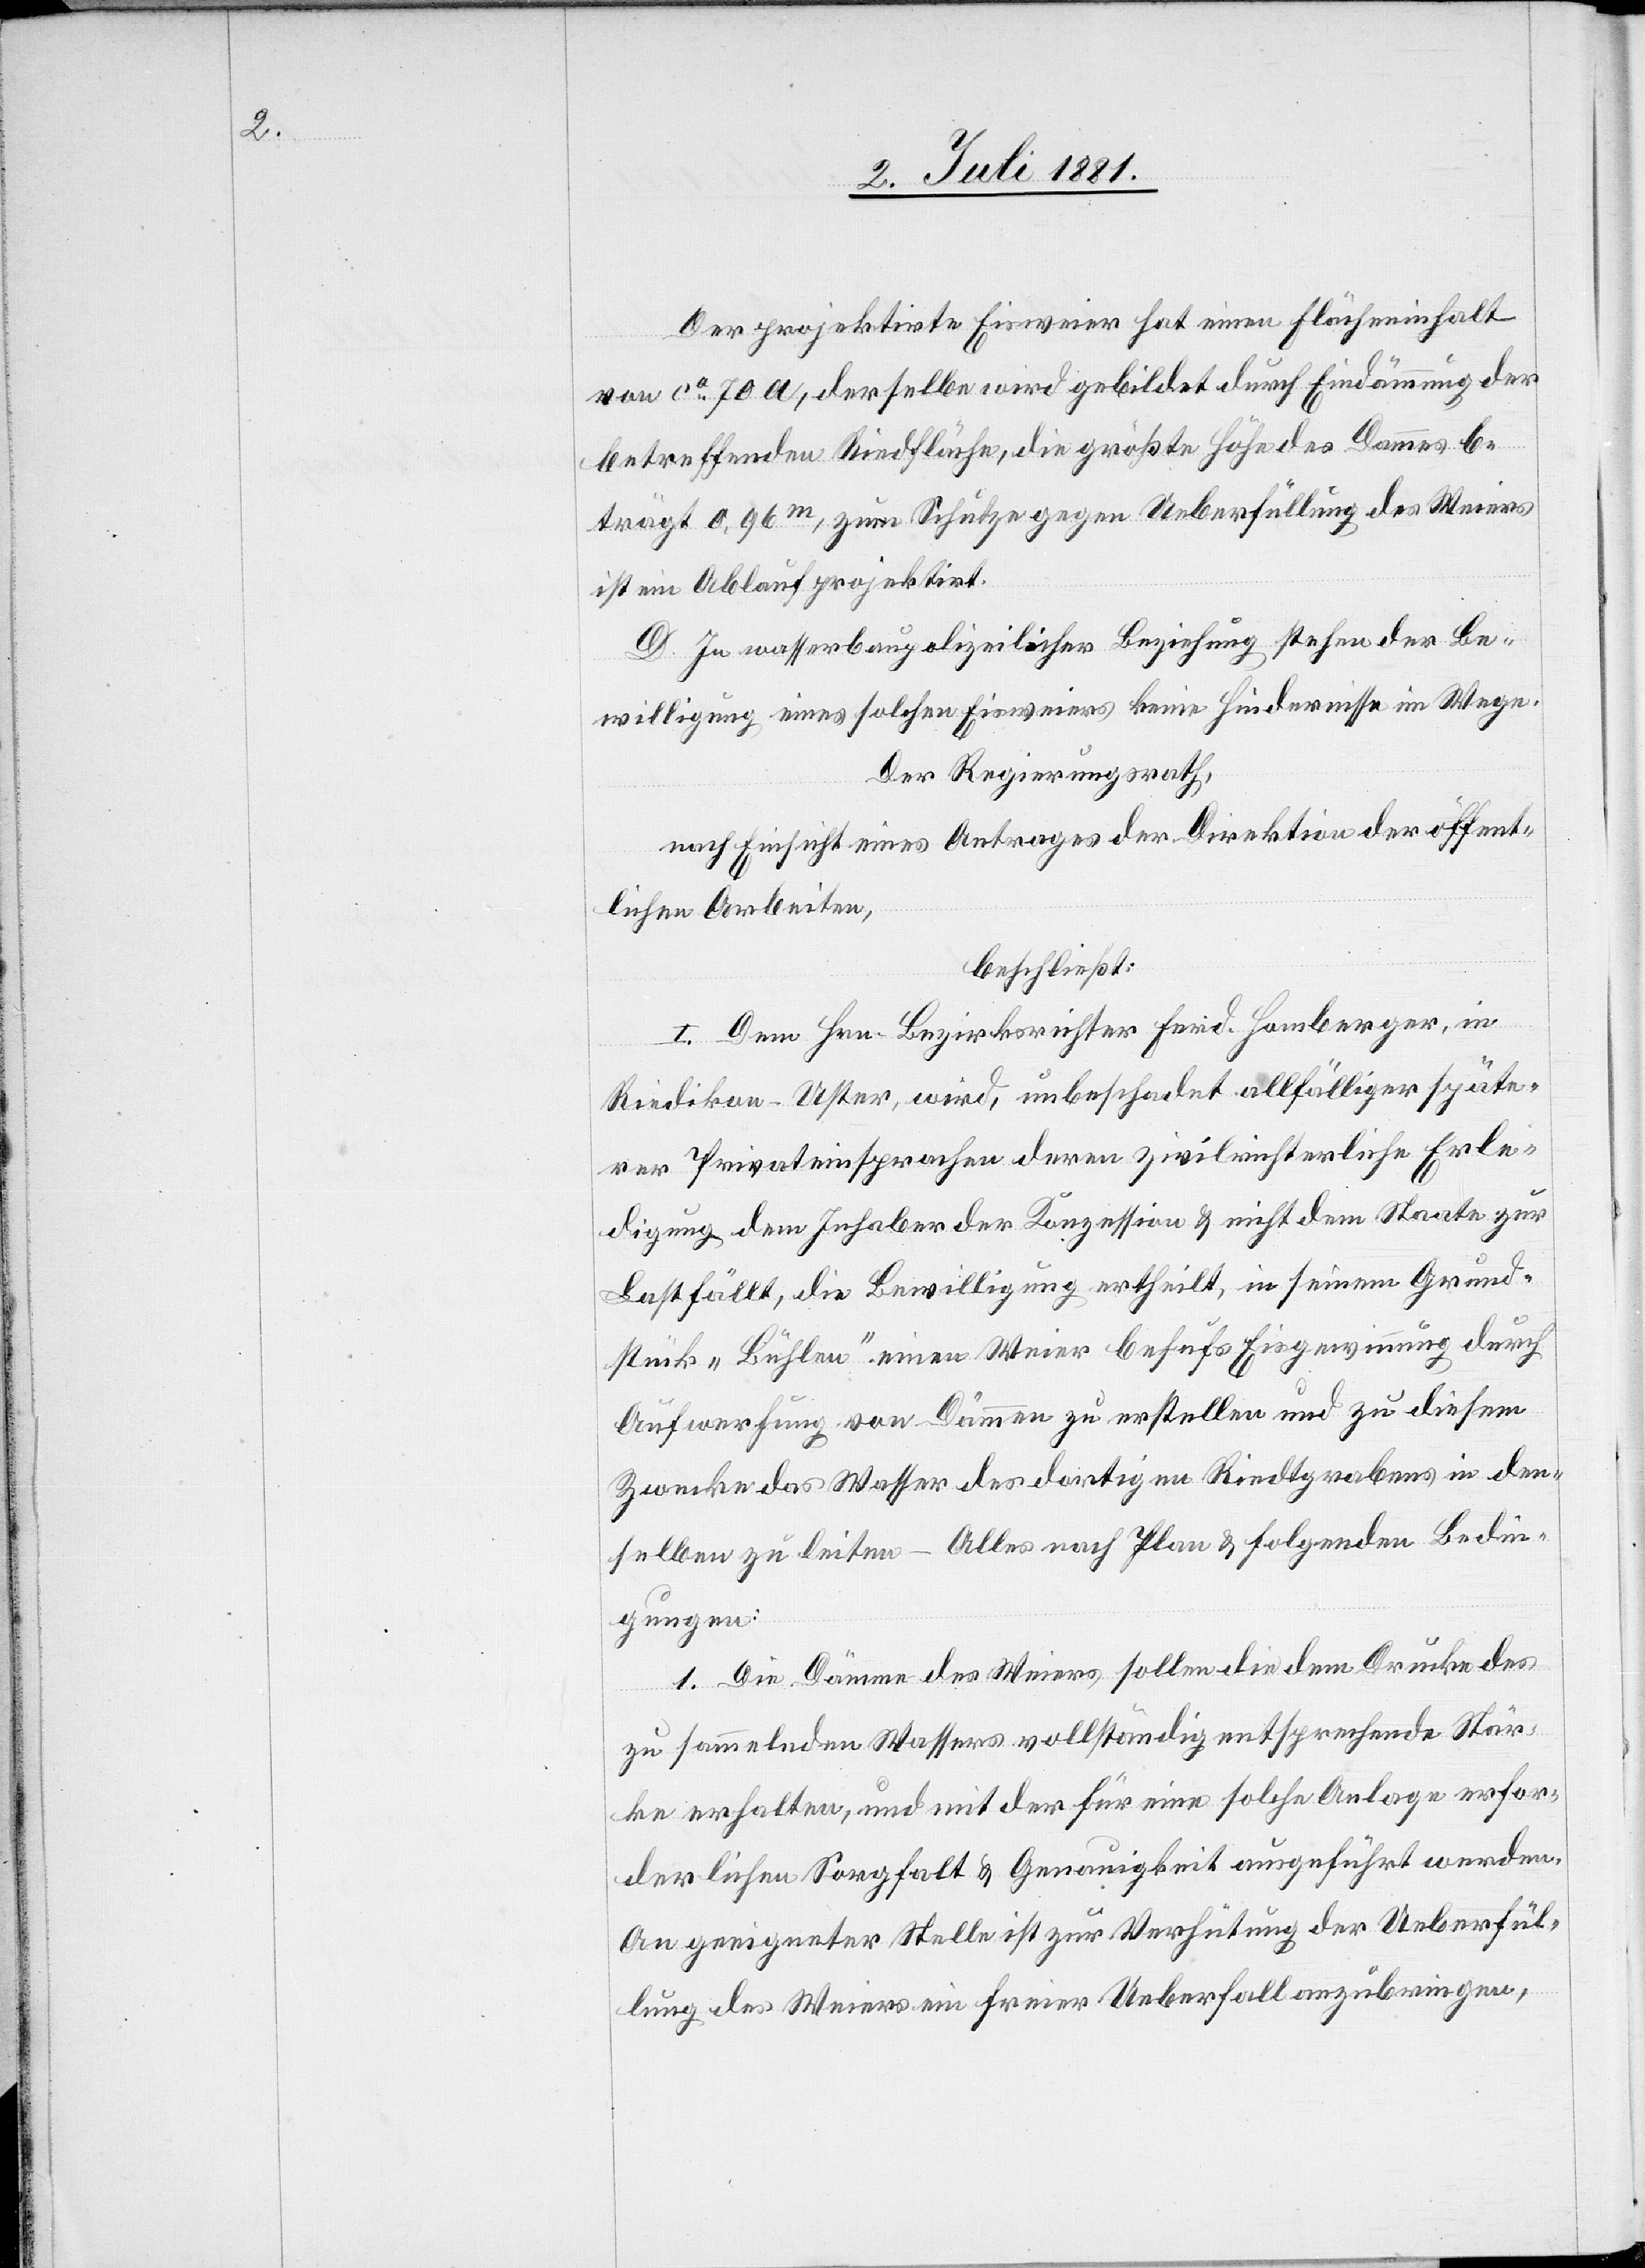
Der projektirte Eisweier hat einen Flächeninhalt
von ca 70 a, derselbe wird gebildet durch Eindämmung der
betreffenden Riedfläche, die größte Höhe des Dammes be¬
trägt 0,96m, zum Schutze gegen Ueberfüllung des Weiers
ist ein Ablauf projektirt.
D. In wasserbaupolizeilicher Beziehung stehen der Be¬
willigung eines solchen Eisweiers keine Hindernisse im Wege.
Der Regierungsrath,
nach Einsicht eines Antrages der Direktion der öffent¬
lichen Arbeiten,
beschließt:
I. Dem Hrn. Bezirksrichter Ferd. Homberger, in
Riedikon - Uster, wird, unbeschadet allfälliger späte¬
rer Privateinsprachen deren zivilrichterliche Erle¬
digung dem Inhaber der Konzession & nicht dem Staate zur
Last fällt, die Bewilligung ertheilt, in seinem Grund¬
stück „Bühlen“ einen Weier behufs Eisgewinnung.durch
Aufwerfung von Dämmen zu erstellen und zu diesem
Zwecke das Wasser das dortigen Riedtgrabens in den¬
selben zu leiten – Alles nach Plan & folgenden Bedin¬
gungen:
1. Die Dämme des Weiers sollen die dem Drucke des
zu sammelnden Wassers vollständig entsprechende Stär¬
ke erhalten, und mit der für eine solche Anlage erfor¬
derlichen Sorgfalt & Genauigkeit ausgeführt werden.
An geeigneter Stelle ist zur Verhütung der Ueberfül¬
lung des Weiers ein freier Ueberfall anzubringen,